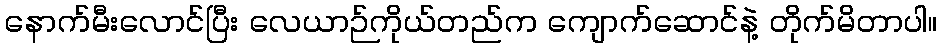
နောက်မီးလောင်ပြီး လေယာဉ်ကိုယ်တည်က ကျောက်ဆောင်နဲ့ တိုက်မိတာပါ။